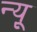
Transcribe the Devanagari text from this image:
न्यू़